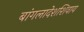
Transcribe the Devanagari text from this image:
बांगलादेशशिवाय